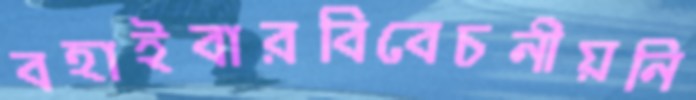
বহাইবারবিবেচনীয়নি